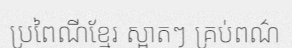
ប្រពៃណីខ្មែរ ស្អាតៗ គ្រប់ពណ៌